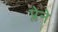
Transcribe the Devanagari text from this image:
प्लेने